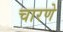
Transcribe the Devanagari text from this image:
चारणे